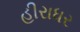
હીરાધર